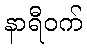
နာရီဝက်